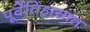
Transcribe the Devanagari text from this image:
पूर्वेतिहासात